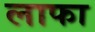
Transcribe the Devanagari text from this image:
लाफा